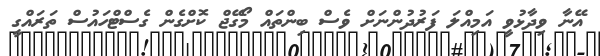
އޭނާ ވިދާޅުވީ އަމިއްލަ ފަރުދުންނަށް ވެސް ބިންތައް މޯގޭޖް ކޮށްގެން ގެސްޓްހައުސް ތަރައްގީ